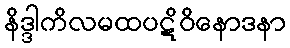
နိဒ္ဒါကိလမထပဋိဝိနောဒနာ